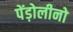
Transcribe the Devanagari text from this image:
पेंड़ोलीनो